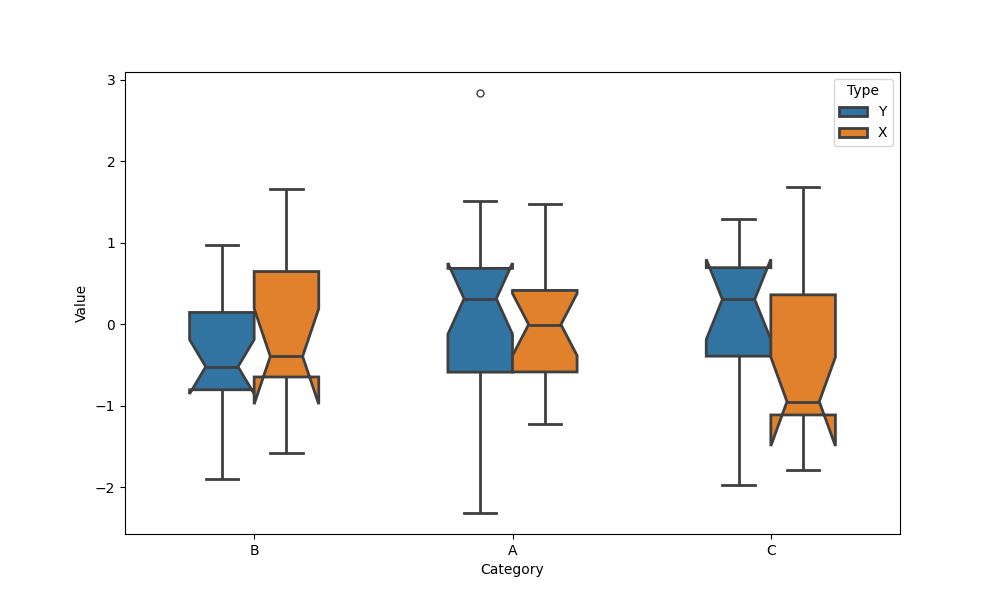
python, seaborn, boxplot, width=0.5, linewidth=2, fliersize=5, notch=True